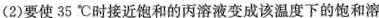
(2)要使35℃时接近饱和的丙溶液变成该温度下的饱和溶